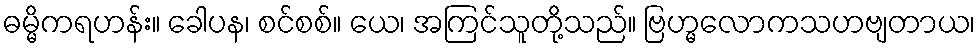
ဓမ္မိကရဟန်း။ ခေါပန၊ စင်စစ်။ ယေ၊ အကြင်သူတို့သည်။ ဗြဟ္မလောကသဟဗျတာယ၊